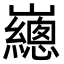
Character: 𡾳